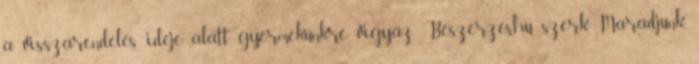
a visszarendelés ideje alatt gyermekünkre vigyáz. Beszerzés.hu szerk. Maradjunk